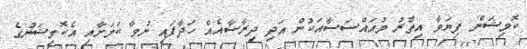
ކޮމިޝަން ފިޔަވާ އިތުރު މުއައްސަސާއަކުން އަދި ދިރާސާއެއް ހަދާފައި ނުވާ ކަމަށާއި އެކޮމިޝަނުގެ